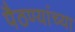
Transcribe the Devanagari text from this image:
पैठण्यांच्या